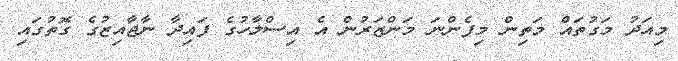
މިއަދު މަގުތައް މަތިން މިފެންނަ މަންޒަރުން އެ އިސްލާހުގެ ފައިދާ ނާޖާއިޒުގެ ގޮތުގައި